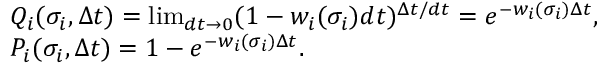
\begin{array} { r l } & { Q _ { i } ( \sigma _ { i } , \Delta t ) = \operatorname* { l i m } _ { d t \rightarrow 0 } ( 1 - w _ { i } ( \sigma _ { i } ) d t ) ^ { \Delta t / d t } = e ^ { - w _ { i } ( \sigma _ { i } ) \Delta t } , } \\ & { P _ { i } ( \sigma _ { i } , \Delta t ) = 1 - e ^ { - w _ { i } ( \sigma _ { i } ) \Delta t } . } \end{array}